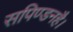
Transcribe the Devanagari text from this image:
सपिण्डनहै।